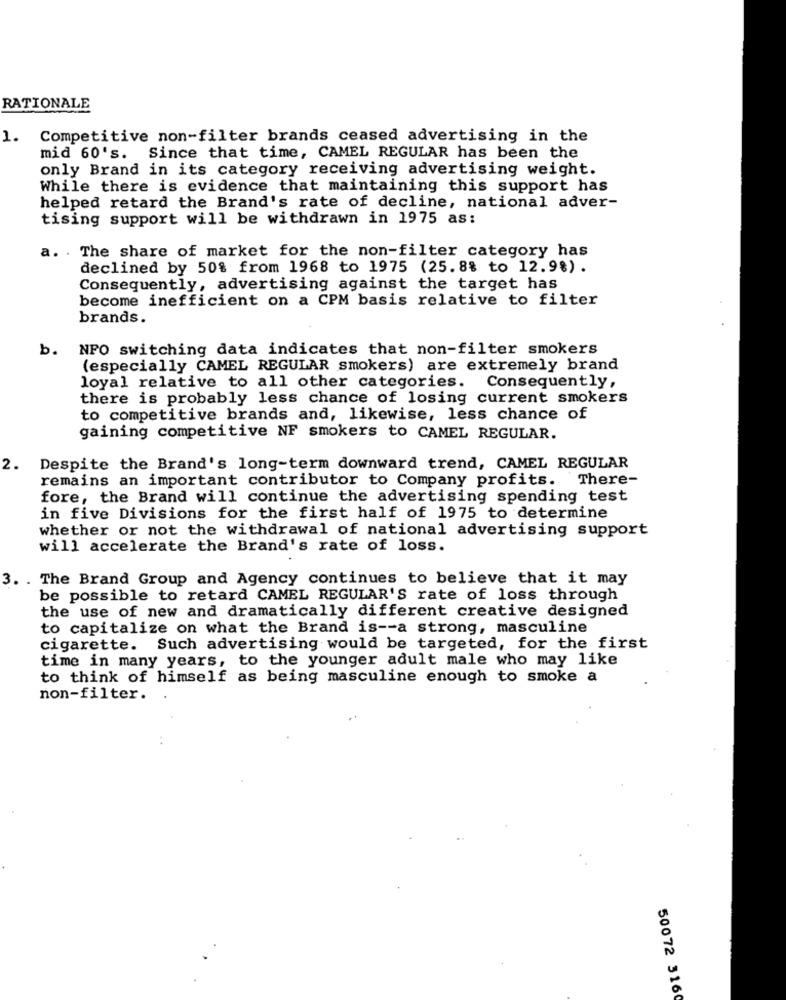
RATIONALE
1.
Competitive non-filter brands ceased advertising in the
mid 60's. Since that time, CAMEL REGULAR has been the
only Brand in its category receiving advertising weight.
While there is evidence that maintaining this support has
helped retard the Brand's rate of decline, national adver-
tising support will be withdrawn in 1975 as:
a. . The share of market for the non-filter category has
declined by 50% from 1968 to 1975 (25.8% to 12.9%).
Consequently, advertising against the target has
become inefficient on a CPM basis relative to filter
brands.
b. NPO switching data indicates that non-filter smokers
(especially CAMEL REGULAR smokers) are extremely brand
loyal relative to all other categories. Consequently,
there is probably less chance of losing current smokers
to competitive brands and, likewise, less chance of
gaining competitive NF smokers to CAMEL REGULAR.
2.
Despite the Brand's long-term downward trend, CAMEL REGULAR
remains an important contributor to Company profits. There-
fore, the Brand will continue the advertising spending test
in five Divisions for the first half of 1975 to determine
whether or not the withdrawal of national advertising support
will accelerate the Brand's rate of loss.
3. . The Brand Group and Agency continues to believe that it may
be possible to retard CAMEL REGULAR'S rate of loss through
the use of new and dramatically different creative designed
to capitalize on what the Brand is -- a strong, masculine
cigarette. Such advertising would be targeted, for the first
time in many years, to the younger adult male who may like
to think of himself as being masculine enough to smoke a
non-filter.
50072 316